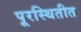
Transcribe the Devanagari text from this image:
पूरस्थितीत